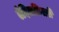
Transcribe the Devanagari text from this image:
ऐदिलफ़ितरी